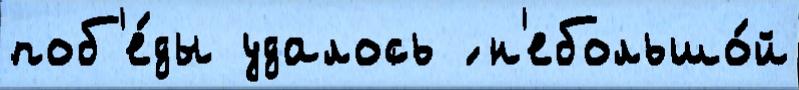
поб'е́ды удалось ́ н'ебольшо́й